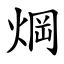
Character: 焵